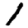
Digit: 1